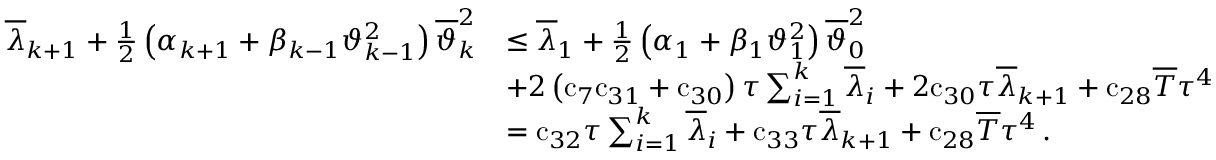
\begin{array} { r l } { { \overline { { \lambda } } } _ { k + 1 } + \frac { 1 } { 2 } \left( { \alpha } _ { k + 1 } + { \beta } _ { k - 1 } { \vartheta } _ { k - 1 } ^ { 2 } \right) { \overline { { \vartheta } } } _ { k } ^ { 2 } } & { \leq { \overline { { \lambda } } } _ { 1 } + \frac { 1 } { 2 } \left( { \alpha } _ { 1 } + { \beta } _ { 1 } { \vartheta } _ { 1 } ^ { 2 } \right) { \overline { { \vartheta } } } _ { 0 } ^ { 2 } } \\ & { + { 2 } \left( { \mathrm { c } } _ { 7 } { \mathrm { c } } _ { 3 1 } + { \mathrm { c } } _ { 3 0 } \right) { \tau } \sum _ { i = 1 } ^ { k } { { \overline { { \lambda } } } _ { i } } + { 2 } { \mathrm { c } } _ { 3 0 } { \tau } { \overline { { \lambda } } } _ { k + 1 } + { \mathrm { c } } _ { 2 8 } { \overline { { T } } } { \tau } ^ { 4 } } \\ & { = { \mathrm { c } } _ { 3 2 } { \tau } \sum _ { i = 1 } ^ { k } { { \overline { { \lambda } } } _ { i } } + { \mathrm { c } } _ { 3 3 } { \tau } { \overline { { \lambda } } } _ { k + 1 } + { \mathrm { c } } _ { 2 8 } { \overline { { T } } } { \tau } ^ { 4 } \, . } \end{array}